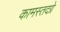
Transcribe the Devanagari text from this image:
कामस्तदग्रे